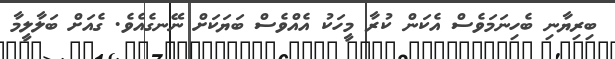
ބިރިޔާނި ބެހިނަމަވެސް އެކަން ކުރާ މީހަކު އެއްވެސް ބަޔަކަށް ނޭނގެއެވެ. ގެއަށް ބަލާލީމާ